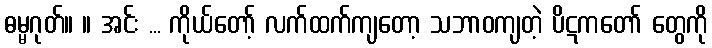
ဓမ္မဂုတ်။ ။ အင်း ... ကိုယ်တော့် လက်ထက်ကျတော့ သဘာဝကျတဲ့ ပိဋကတော် တွေကို